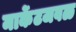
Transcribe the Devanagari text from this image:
मार्केटजवळ